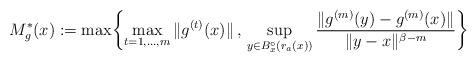
LaTeX: \begin{align*}M_{g}^*(x):=\max \biggl\{ \max_{t=1, \ldots, m} \|g^{(t)}(x) \| \, , \, \sup_{y \in B_x^\circ(r_a(x))} \frac{\|g^{(m)}(y)-g^{(m)}(x) \|}{\|y-x\|^{\beta-m}} \biggr\}\end{align*}